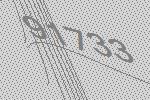
91733